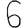
Digit: 6